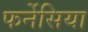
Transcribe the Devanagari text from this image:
फर्नेसिया